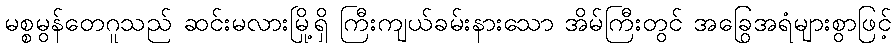
မစ္စမွန်တေဂူသည် ဆင်းမလားမြို့ရှိ ကြီးကျယ်ခမ်းနားသော အိမ်ကြီးတွင် အခြွေအရံများစွာဖြင့်